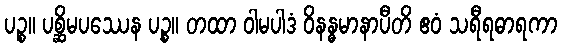
ပဉ္စ။ ပစ္ဆိမပဿေန ပဉ္စ။ တထာ ဝါမပါဒံ ဝိနန္ဓမာနာပီတိ ဧဝံ သရီရဓာရကာ